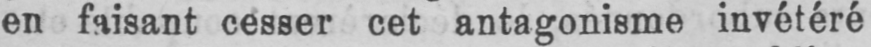
en faisant cesser cet antagonisme invétéré